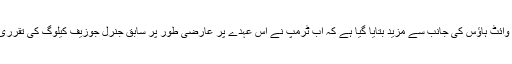
واشنگٹن میں وائٹ ہاؤس کی جانب سے مزید بتایا گیا ہے کہ اب ٹرمپ نے اس عہدے پر عارضی طور پر سابق جنرل جوزیف کیلوگ کی تقرری کر دی ہے۔